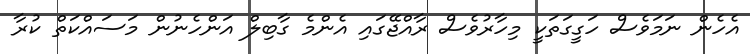
އެހެން ނަމަވެސް ހަގީގަތަކީ މިހާރުވެސް ރާއްޖޭގައި އެންމެ ގާބިލް އަންހެނުން މަސައްކަތް ކުރާ